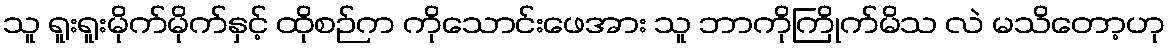
သူ ရူးရူးမိုက်မိုက်နှင့် ထိုစဉ်က ကိုသောင်းဖေအား သူ ဘာကိုကြိုက်မိသ လဲ မသိတော့ဟု